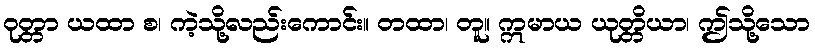
ဝုတ္တာ ယထာ စ၊ ကဲ့သို့လည်းကောင်း။ တထာ၊ တူ။ ဣမာယ ယုတ္တိယာ၊ ဤသို့သော